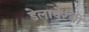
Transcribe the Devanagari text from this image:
डेलावेरची